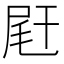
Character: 𡱭